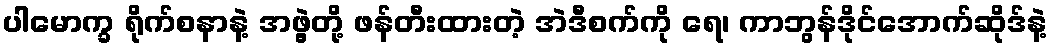
ပါမောက္ခ ရိုက်စနာနဲ့ အဖွဲ့တို့ ဖန်တီးထားတဲ့ အဲဒီစက်ကို ရေ၊ ကာဘွန်ဒိုင်အောက်ဆိုဒ်နဲ့